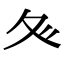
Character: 𭐝